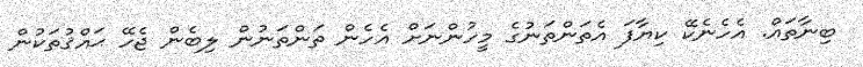
ބިނާތައް. އެހެނެކޭ ކިޔާފަ އެތަންތަނުގެ މީހުންނަށް އެހެން ތަންތަނުން ލިބެން ޖެހޭ ޙައްޤުތަކުން